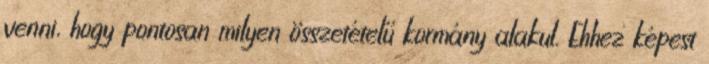
venni, hogy pontosan milyen összetételű kormány alakul. Ehhez képest